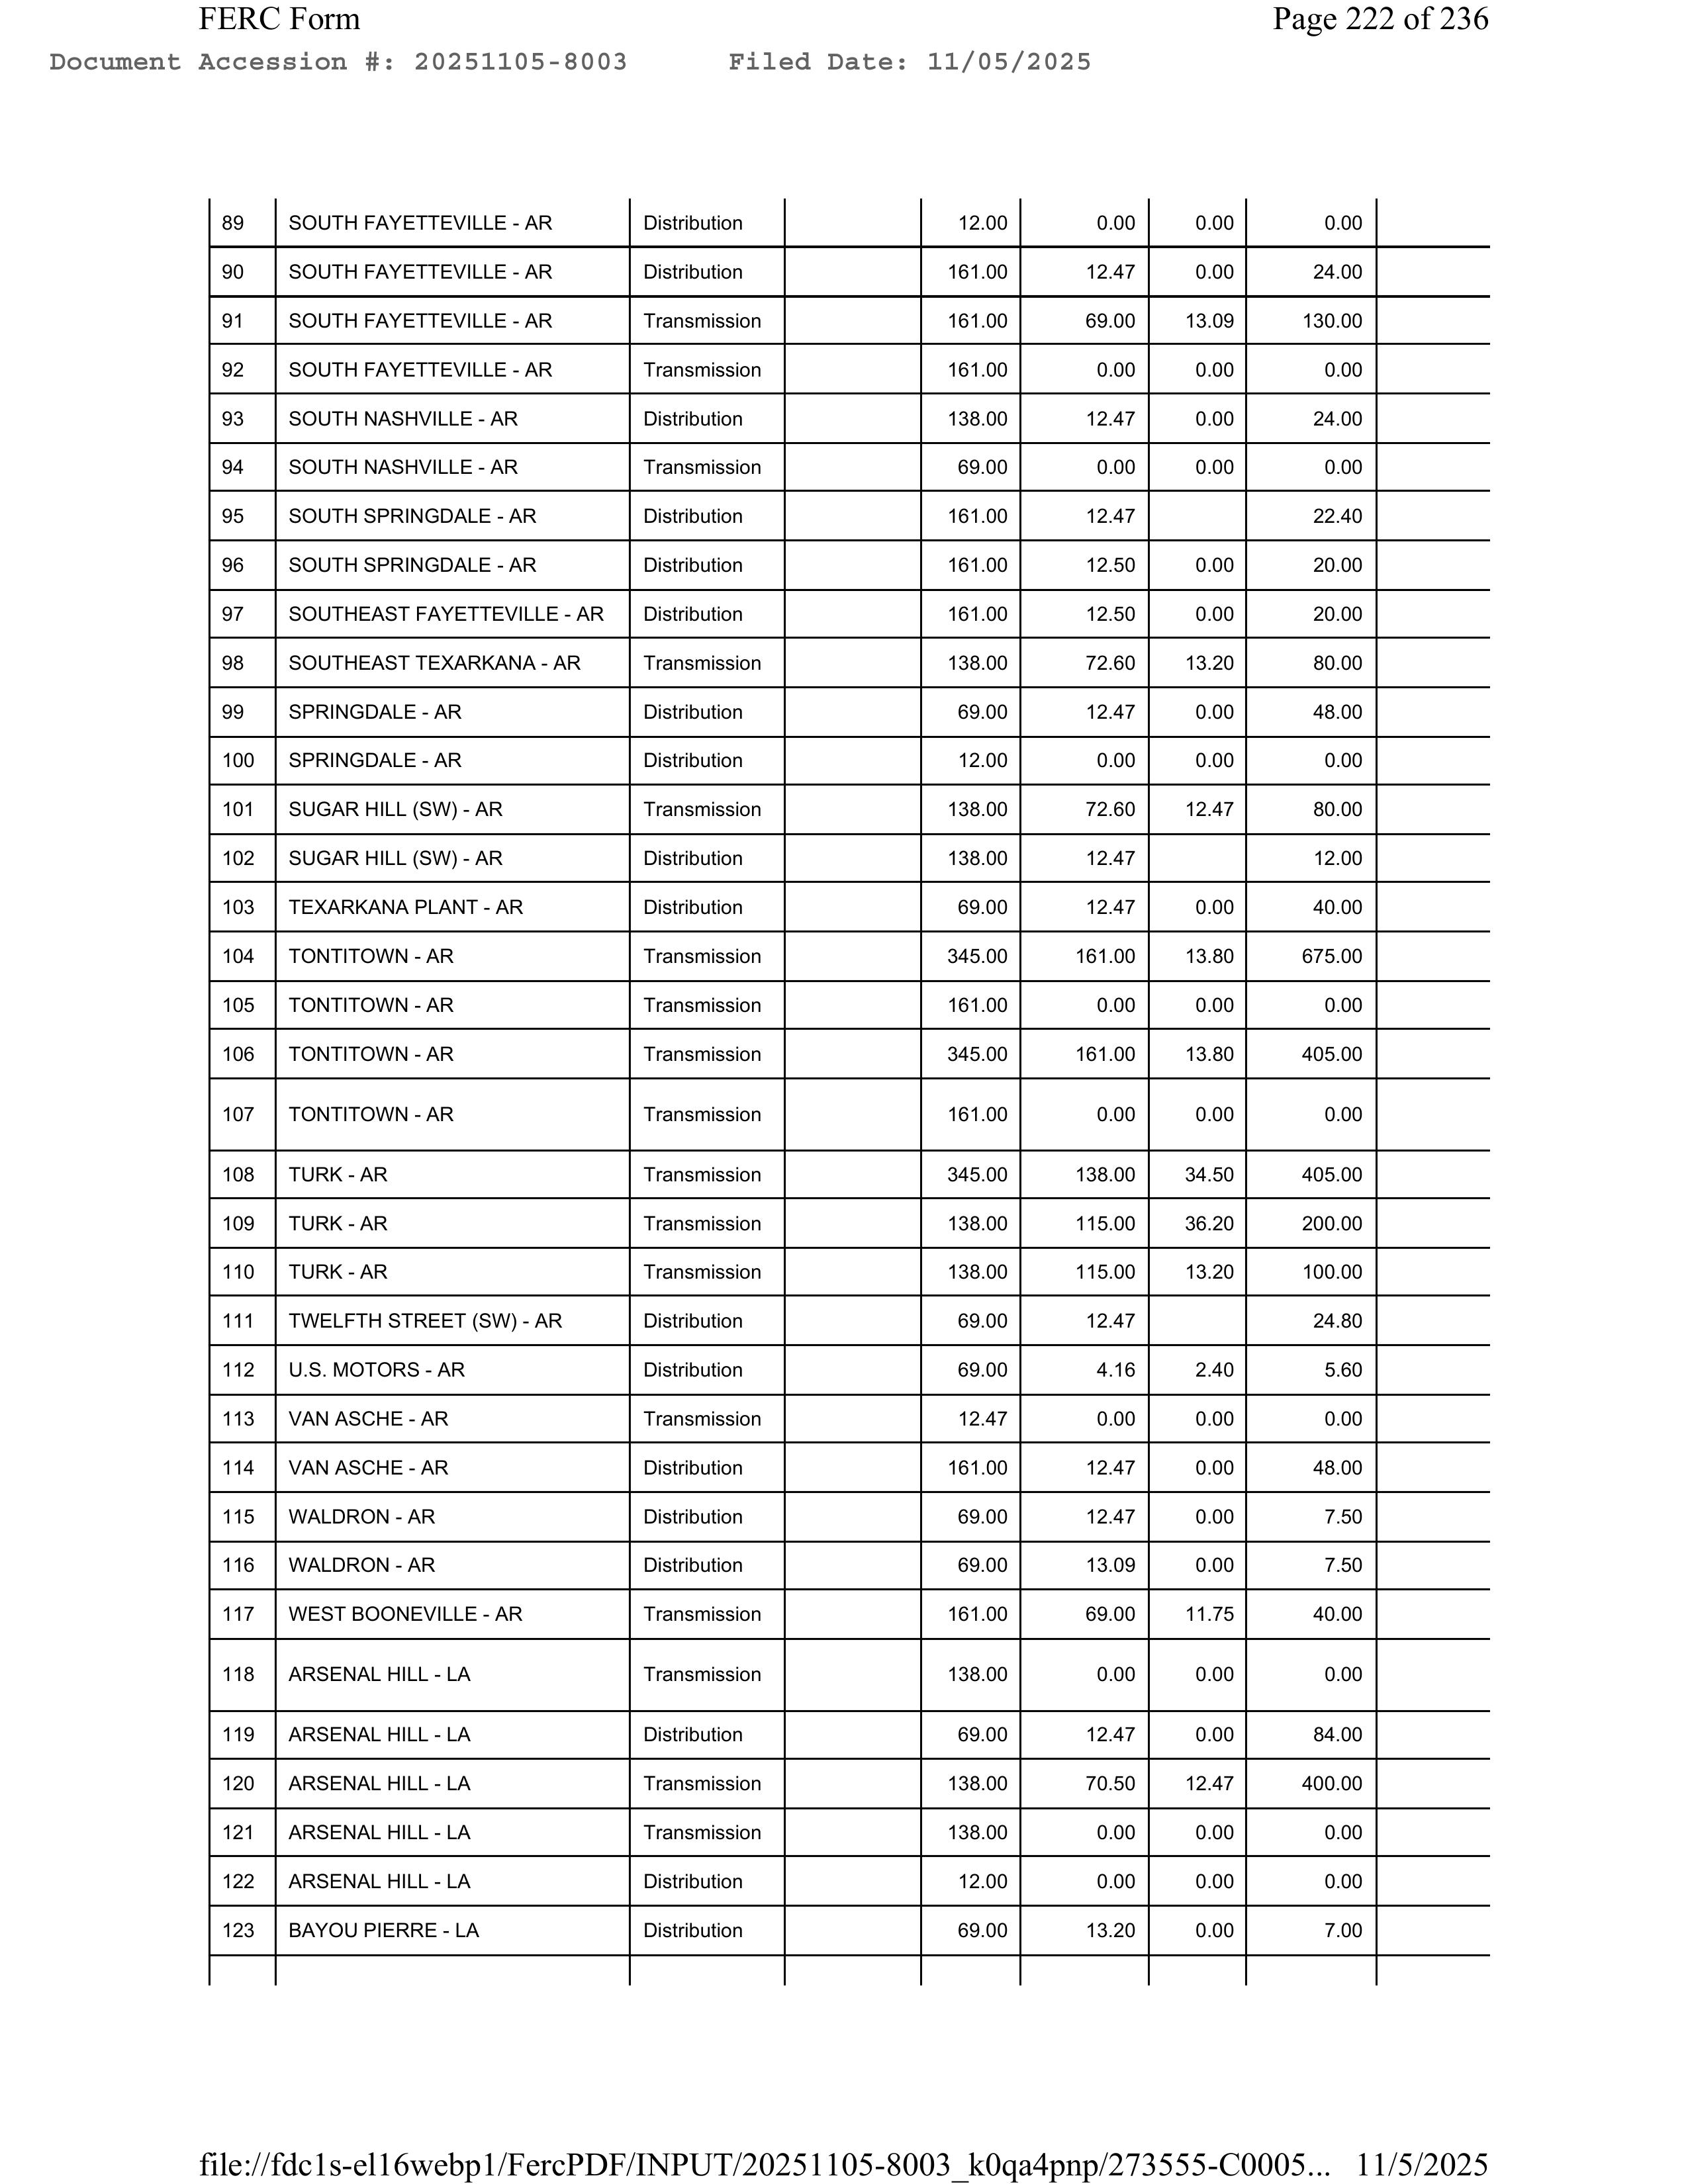
FERC Form                                                                                      Page 222 of 236
Document Accession #: 20251105-8003       Filed Date: 11/05/2025

89     SOUTH FAYETTEVILLE - AR           Distribution                           12.00        0.00       0.00        0.00
90     SOUTH FAYETTEVILLE - AR           Distribution                          161.00       12.47       0.00       24.00
91     SOUTH FAYETTEVILLE - AR           Transmission                          161.00       69.00      13.09      130.00
92     SOUTH FAYETTEVILLE - AR           Transmission                          161.00        0.00       0.00        0.00
93     SOUTH NASHVILLE - AR              Distribution                          138.00       12.47       0.00       24.00
94     SOUTH NASHVILLE - AR              Transmission                           69.00        0.00       0.00        0.00
95     SOUTH SPRINGDALE - AR             Distribution                          161.00       12.47                  22.40
96     SOUTH SPRINGDALE - AR             Distribution                          161.00       12.50       0.00       20.00
97     SOUTHEAST FAYETTEVILLE - AR       Distribution                          161.00       12.50       0.00       20.00
98     SOUTHEAST TEXARKANA - AR          Transmission                          138.00       72.60      13.20       80.00
99     SPRINGDALE - AR                   Distribution                           69.00       12.47       0.00       48.00
100    SPRINGDALE - AR                   Distribution                           12.00        0.00       0.00        0.00
101    SUGAR HILL (SW) - AR              Transmission                          138.00       72.60      12.47       80.00
102    SUGAR HILL (SW) - AR              Distribution                          138.00       12.47                  12.00
103    TEXARKANA PLANT - AR              Distribution                           69.00       12.47       0.00       40.00
104    TONTITOWN - AR                    Transmission                          345.00      161.00      13.80      675.00
105    TONTITOWN - AR                    Transmission                          161.00        0.00       0.00        0.00
106    TONTITOWN - AR                    Transmission                          345.00      161.00      13.80      405.00
107    TONTITOWN - AR                    Transmission                          161.00        0.00       0.00        0.00
108    TURK - AR                         Transmission                          345.00      138.00      34.50      405.00
109    TURK - AR                         Transmission                          138.00      115.00      36.20      200.00
110    TURK - AR                         Transmission                          138.00      115.00      13.20      100.00
111    TWELFTH STREET (SW) - AR          Distribution                           69.00       12.47                  24.80
112    U.S. MOTORS - AR                  Distribution                           69.00        4.16       2.40        5.60
113    VAN ASCHE - AR                    Transmission                           12.47        0.00       0.00        0.00
114    VAN ASCHE - AR                    Distribution                          161.00       12.47       0.00       48.00
115    WALDRON - AR                      Distribution                           69.00       12.47       0.00        7.50
116    WALDRON - AR                      Distribution                           69.00       13.09       0.00        7.50
117    WEST BOONEVILLE - AR              Transmission                          161.00       69.00      11.75       40.00
118    ARSENAL HILL - LA                 Transmission                          138.00        0.00       0.00        0.00
119    ARSENAL HILL - LA                 Distribution                           69.00       12.47       0.00       84.00
120    ARSENAL HILL - LA                 Transmission                          138.00       70.50      12.47      400.00
121    ARSENAL HILL - LA                 Transmission                          138.00        0.00       0.00        0.00
122    ARSENAL HILL - LA                 Distribution                           12.00        0.00       0.00        0.00
123    BAYOU PIERRE - LA                 Distribution                           69.00       13.20       0.00        7.00

file://fdc1s-ell6webp1/FercPDF/INPUT/20251105-8003_k0qa4pnp/273555-C0005...   11/5/2025